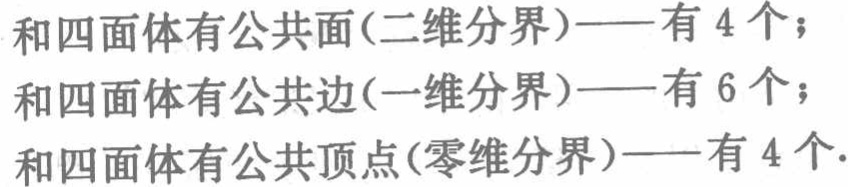
和四面体有公共面(二维分界)——有 4 个；
和四面体有公共边(一维分界)——有 6 个；
和四面体有公共顶点(零维分界)——有 4 个.